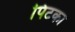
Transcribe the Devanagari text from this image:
पिटका